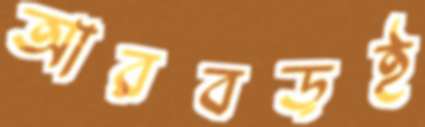
আরবড়ই